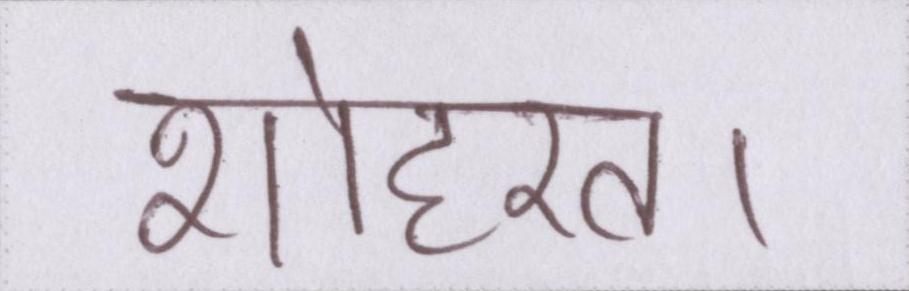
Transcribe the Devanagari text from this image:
शोहरत।